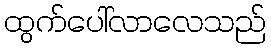
ထွက်ပေါ်လာလေသည်